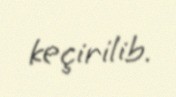
keçirilib.